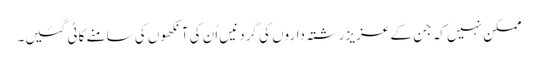
ممکن نہیں کہ جن کے عزیز رشتہ داروں کی گردنیں اُن کی آنکھوں کی سامنے کاٹی گئیں۔